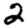
Digit: 2